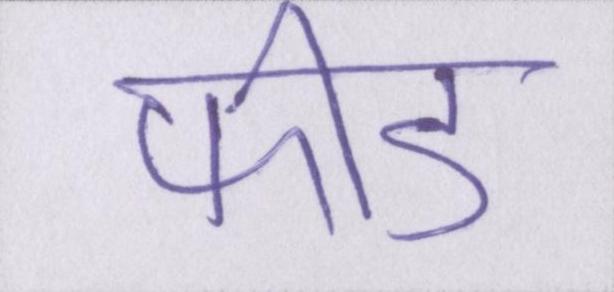
फीड